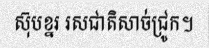
ស៊ុបខ្នរ រសជាតិសាច់ជ្រូក។